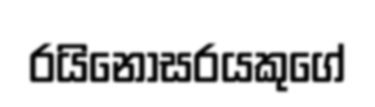
රයිනෝසරයකුගේ